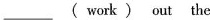
___( work ) out the